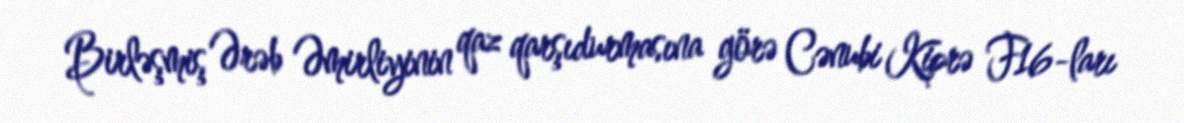
Birləşmiş Ərəb Əmirliyinin qaz qarşıdurmasına görə Cənubi Kiprə F16-ları